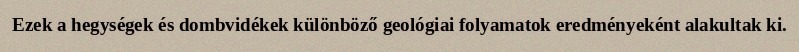
Ezek a hegységek és dombvidékek különböző geológiai folyamatok eredményeként alakultak ki.